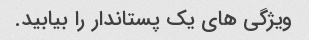
ویژگی های یک پستاندار را بیابید.